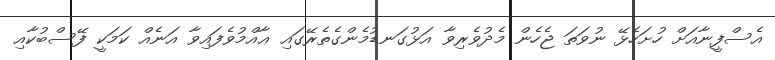
އެސްފީނާއަށް ހުށަހެޅޭ ނުވަތަ ޖެހެން މެދުވެރިވާ އަޅުގަނޑުމެންގެތެރޭގައި ޢާއްމުވެފައިވާ އަނެއް ކަމަކީ ފޭސްބުކާއި